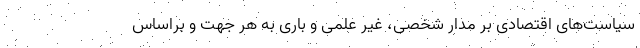
سیاست‌های اقتصادی بر مدار شخصی، غیر علمی و باری به هر جهت و براساس